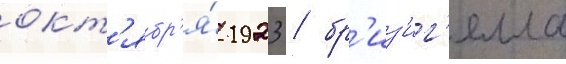
окт'ябр'я́ 1923 / бр'из'иг'елла